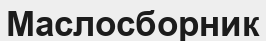
Маслосборник